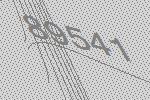
89541